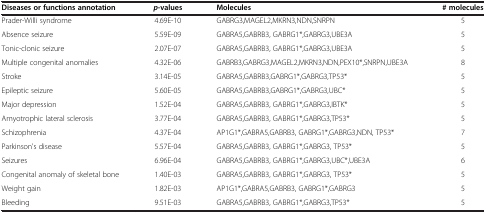
<table><thead><tr><td><b>Diseases or functions annotation</b></td><td><b><i>p</i>-values</b></td><td><b>Molecules</b></td><td><b># molecules</b></td></tr></thead><tbody><tr><td>Prader-Willi syndrome</td><td>4.69E-10</td><td>GABRG3,MAGEL2,MKRN3,NDN,SNRPN</td><td>5</td></tr><tr><td>Absence seizure</td><td>5.59E-09</td><td>GABRA5,GABRB3, GABRG1*,GABRG3,UBE3A</td><td>5</td></tr><tr><td>Tonic-clonic seizure</td><td>2.07E-07</td><td>GABRA5,GABRB3, GABRG1*,GABRG3,UBE3A</td><td>5</td></tr><tr><td>Multiple congenital anomalies</td><td>4.32E-06</td><td>GABRB3,GABRG3,MAGEL2,MKRN3,NDN,PEX10*,SNRPN,UBE3A</td><td>8</td></tr><tr><td>Stroke</td><td>3.14E-05</td><td>GABRA5,GABRB3,GABRG1*,GABRG3,TP53*</td><td>5</td></tr><tr><td>Epileptic seizure</td><td>5.60E-05</td><td>GABRA5,GABRB3,GABRG1*,GABRG3,UBC*</td><td>5</td></tr><tr><td>Major depression</td><td>1.52E-04</td><td>GABRA5,GABRB3, GABRG1*,GABRG3,IBTK*</td><td>5</td></tr><tr><td>Amyotrophic lateral sclerosis</td><td>3.77E-04</td><td>GABRA5,GABRB3, GABRG1*,GABRG3,TP53*</td><td>5</td></tr><tr><td>Schizophrenia</td><td>4.37E-04</td><td>AP1G1*,GABRA5,GABRB3, GABRG1*,GABRG3,NDN, TP53*</td><td>7</td></tr><tr><td>Parkinson&#x27;s disease</td><td>5.57E-04</td><td>GABRA5,GABRB3, GABRG1*,GABRG3, TP53*</td><td>5</td></tr><tr><td>Seizures</td><td>6.96E-04</td><td>GABRA5,GABRB3, GABRG1*,GABRG3,UBC*,UBE3A</td><td>6</td></tr><tr><td>Congenital anomaly of skeletal bone</td><td>1.40E-03</td><td>GABRA5,GABRB3, GABRG1*,GABRG3, TP53*</td><td>5</td></tr><tr><td>Weight gain</td><td>1.82E-03</td><td>AP1G1*,GABRA5,GABRB3, GABRG1*,GABRG3</td><td>5</td></tr><tr><td>Bleeding</td><td>9.51E-03</td><td>GABRA5,GABRB3, GABRG1*,GABRG3,TP53*</td><td>5</td></tr></tbody></table>